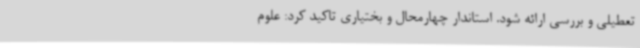
تعطیلی و بررسی ارائه شود. استاندار چهارمحال و بختیاری تاکید کرد: علوم